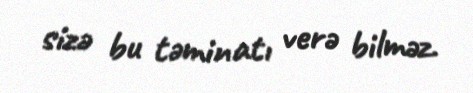
sizə bu təminatı verə bilməz.